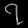
Digit: ၇